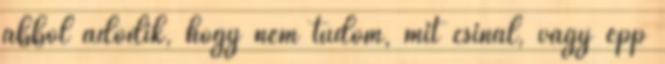
abból adódik, hogy nem tudom, mit csinál, vagy épp